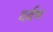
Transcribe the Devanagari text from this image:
दर्दभ